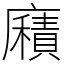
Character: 廭